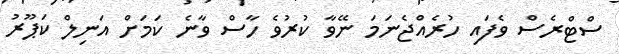
ސްޓްރެސް ވެފައި ހުރެއްޖެނަމަ ނޭވާ ކުރުވެ ހާސް ވާނެ ކަމަށް އަނިލް ކަޕޫރު